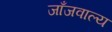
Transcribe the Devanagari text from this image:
जाँजवाल्य